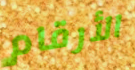
الأرقام